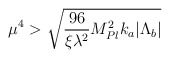
\begin{align*}\mu^4>\sqrt{\frac{96}{\xi\lambda^2}M_{Pl}^2k_a|\Lambda_b|}\end{align*}